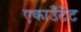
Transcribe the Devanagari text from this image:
एकाउँटेंट